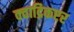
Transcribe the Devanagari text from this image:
क्वाद्रिकप्टर